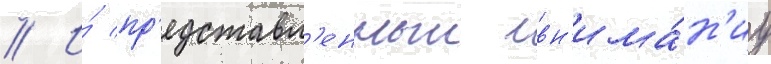
// И́ пр'едставл'енныи вн'има́н'иу